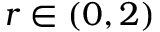
r \in ( 0 , 2 )